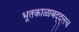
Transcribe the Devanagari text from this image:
भूतकाळाबद्द्लच